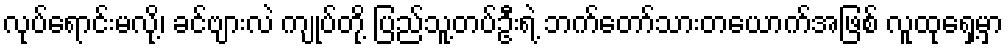
လုပ်ရောင်းမလို့၊ ခင်ဗျားလဲ ကျုပ်တို့ ပြည်သူ့တပ်ဦးရဲ့ ဘက်တော်သားတယောက်အဖြစ် လူထုရှေ့မှာ